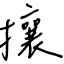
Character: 攘